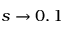
s \to 0 , 1